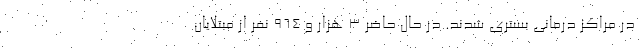
در مراکز درمانی بستری شدند. در حال حاضر 3 هزار و 964 نفر از مبتلایان